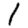
Digit: 1